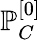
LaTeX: \mathbb{P}_{C}^{[0]}